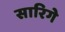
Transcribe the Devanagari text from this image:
सारिगे